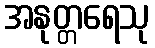
အနုတ္တရေသု